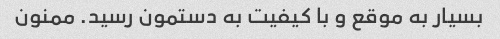
بسیار به موقع و با کیفیت به دستمون رسید. ممنون